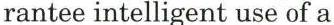
rantee intelligent use of a